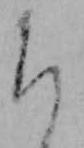
ち